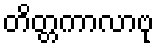
တိတ္တကာလာဗု